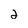
Character: 2